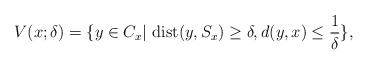
\begin{align*} V(x;\delta)=\{y\in C_x|~{\rm dist}(y,S_x)\geq \delta, d(y,x)\leq\frac{1}{\delta}\}, \end{align*}